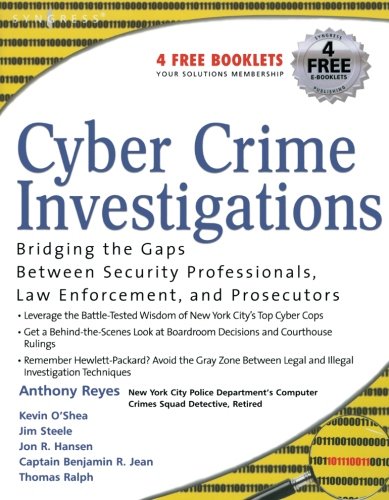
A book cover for Cyber Crime Investigations: Bridging the Gaps Between Security Professionals, Law Enforcement, and Prosecutors; Anthony Reyes; Computers & Technology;